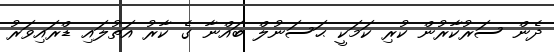
ދެން ސަރުކާރުން ކުރި ކަމަކީ ޙަސަނުލް ބައްނާ ގެ ކާރު އަތުލައި ޑްރައިވަރު